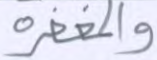
والمغفرة